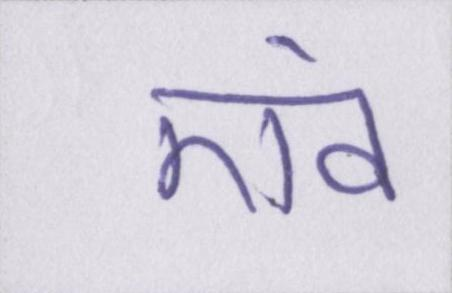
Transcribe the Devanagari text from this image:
एवं